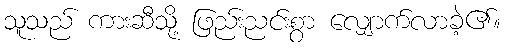
သူသည် ကားဆီသို့ ဖြည်းညင်းစွာ လျှောက်လာခဲ့၏။